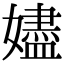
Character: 嬧